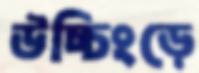
উচ্চিংড়ে